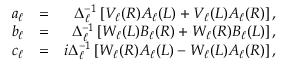
\begin{array} { r l r } { a _ { \ell } } & { = } & { \Delta _ { \ell } ^ { - 1 } \left[ V _ { \ell } ( R ) A _ { \ell } ( L ) + V _ { \ell } ( L ) A _ { \ell } ( R ) \right] , } \\ { b _ { \ell } } & { = } & { \Delta _ { \ell } ^ { - 1 } \left[ W _ { \ell } ( L ) B _ { \ell } ( R ) + W _ { \ell } ( R ) B _ { \ell } ( L ) \right] , } \\ { c _ { \ell } } & { = } & { i \Delta _ { \ell } ^ { - 1 } \left[ W _ { \ell } ( R ) A _ { \ell } ( L ) - W _ { \ell } ( L ) A _ { \ell } ( R ) \right] , } \end{array}